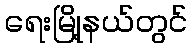
ရေးမြို့နယ်တွင်